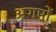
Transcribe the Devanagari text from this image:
अगमों